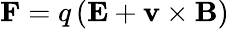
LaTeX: \mathbf{F}=q\left(\mathbf{E}+\mathbf{v}\times\mathbf{B}\right)